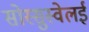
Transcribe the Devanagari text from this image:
सोस्सुस्वेलई